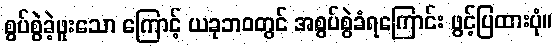
စွပ်စွဲခဲ့ဖူးသော ကြောင့် ယခုဘဝတွင် အစွပ်စွဲခံရကြောင်း ဖွင့်ပြထားပုံ။